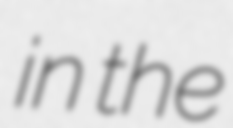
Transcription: in the